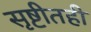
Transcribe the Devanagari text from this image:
सृष्टीतही